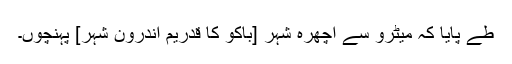
طے پایا کہ میٹرو سے اچھرہ شہر [باکو کا قدریم اندرون شہر] پہنچوں۔